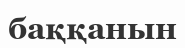
баққанын